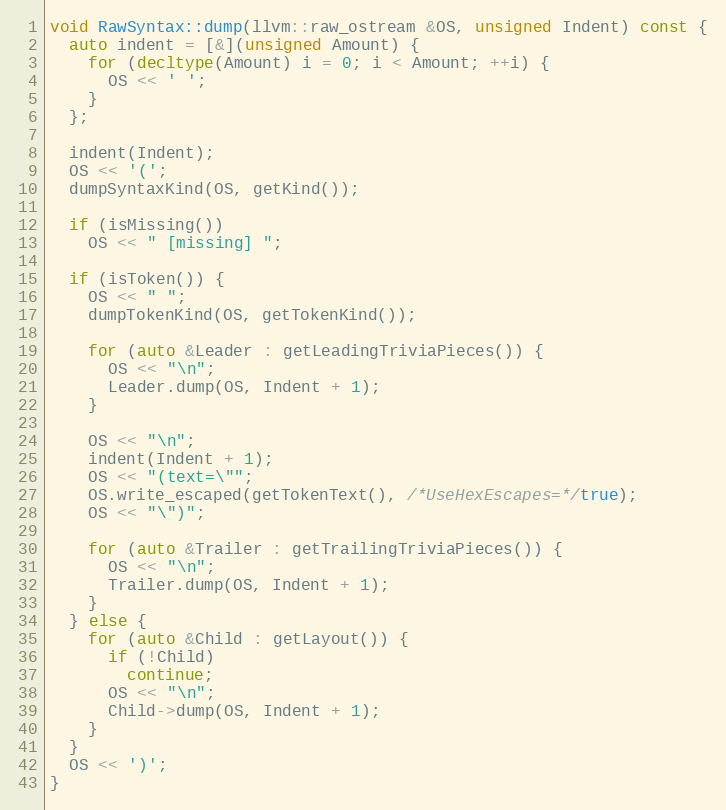
Language: C++
void RawSyntax::dump(llvm::raw_ostream &OS, unsigned Indent) const {
  auto indent = [&](unsigned Amount) {
    for (decltype(Amount) i = 0; i < Amount; ++i) {
      OS << ' ';
    }
  };

  indent(Indent);
  OS << '(';
  dumpSyntaxKind(OS, getKind());

  if (isMissing())
    OS << " [missing] ";

  if (isToken()) {
    OS << " ";
    dumpTokenKind(OS, getTokenKind());

    for (auto &Leader : getLeadingTriviaPieces()) {
      OS << "\n";
      Leader.dump(OS, Indent + 1);
    }

    OS << "\n";
    indent(Indent + 1);
    OS << "(text=\"";
    OS.write_escaped(getTokenText(), /*UseHexEscapes=*/true);
    OS << "\")";

    for (auto &Trailer : getTrailingTriviaPieces()) {
      OS << "\n";
      Trailer.dump(OS, Indent + 1);
    }
  } else {
    for (auto &Child : getLayout()) {
      if (!Child)
        continue;
      OS << "\n";
      Child->dump(OS, Indent + 1);
    }
  }
  OS << ')';
}